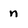
Character: n